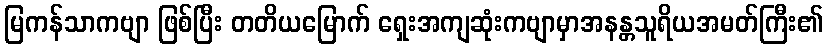
မြကန်သာကဗျာ ဖြစ်ပြီး တတိယမြောက် ရှေးအကျဆုံးကဗျာမှာအနန္တသူရိယအမတ်ကြီး၏